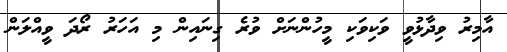
އާމިރު ވިދާޅުވީ ވަކިވަކި މީހުންނަށް ވުރެ ގިނައިން މި އަހަރު ރޯދަ ވީއްލަން